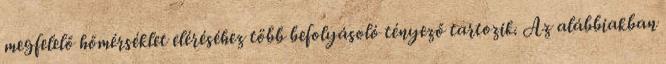
megfelelő hőmérséklet eléréséhez több befolyásoló tényező tartozik. Az alábbiakban